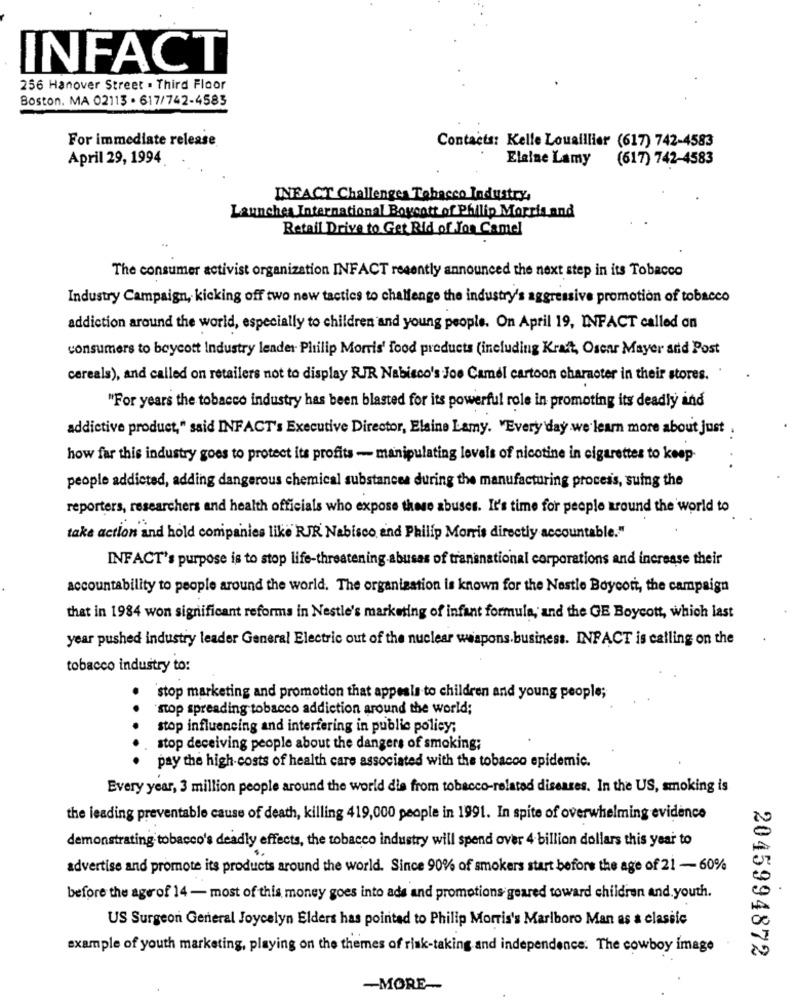
INFACT
256 Hanover Street . Third Floor
Boston. MA 02113 . 617/742-4583
For immediate release
Contacts: Kelle Louaillier (617) 742-4583
April 29, 1994
Elaine Lamy (617) 742-4583
INFACT Challenge Tobacco Industry.
Launches International Boycott of Philip Morris and
Retail Drive to Get Rid of Ton Camel
The consumer activist organization INFACT recently announced the next step in its Tobacco
Industry Campaign, kicking off two new tactics to challenge the industry's aggressive promotion of tobacco
addiction around the world, especially to children and young people. On April 19, INFACT called on
consumers to boycott Industry leader Philip Morris' food products (including Kraft, Oscar Mayer and Post
cereals), and called on retailers not to display RJR Nabisco's Joe Camel cartoon character in their stores.
"For years the tobacco industry has been blasted for its powerful role in promoting its deadly ind
addictive product," said INFACT's Executive Director, Elsine Lamy. "Every day we learn more about just .
how far this industry goes to protect its profits - manipulating levels of nicotine in cigarettes to keep-
people addicted, adding dangerous chemical substances during the manufacturing process, suing the
reporters, researchers and health officials who expose those abuses. It's time for people around the world to
take action and hold companies like RJR Nabisco, and Philip Morris directly accountable."
INFACT's purpose is to stop life-threatening abusas of transnational corporations and increase their
accountability to people around the world. The organization is known for the Nestle Boycott, the campaign
that in 1984 won significant reforma in Nestle's marketing of infant formula, and the GE Boycott, which last
year pushed industry leader General Electric out of the nuclear weapons.business. INFACT is calling on the
tobacco industry to:
stop marketing and promotion that appeals to children and young people;
. .
stop spreading tobacco addiction around the world;
stop influencing and interfering in public policy;
stop deceiving people about the dangers of smoking;
pay the high costs of health care associated with the tobacco epidemic.
Every year, 3 million people around the world die from tobacco-related diseases. In the US, smoking is
the leading preventable cause of death, killing 419,000 people in 1991. In spite of overwhelming evidence
demonstrating tobacco's deadly effects, the tobacco industry will spend over 4 billion dollars this year to
advertise and promote its products around the world. Since 90% of smokers start before the age of 21 - 60%
before the age of 14- most of this money goes into ads and promotions geared toward children and youth.
US Surgeon General Joycelyn Elders has pointed to Philip Morris's Marlboro Man as a classic
example of youth marketing, playing on the themes of risk-taking and independence. The cowboy image
2045994872
-MORE-